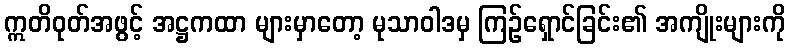
ဣတိဝုတ်အဖွင့် အဋ္ဌကထာ များမှာတော့ မုသာဝါဒမှ ကြဉ်ရှောင်ခြင်း၏ အကျိုးများကို